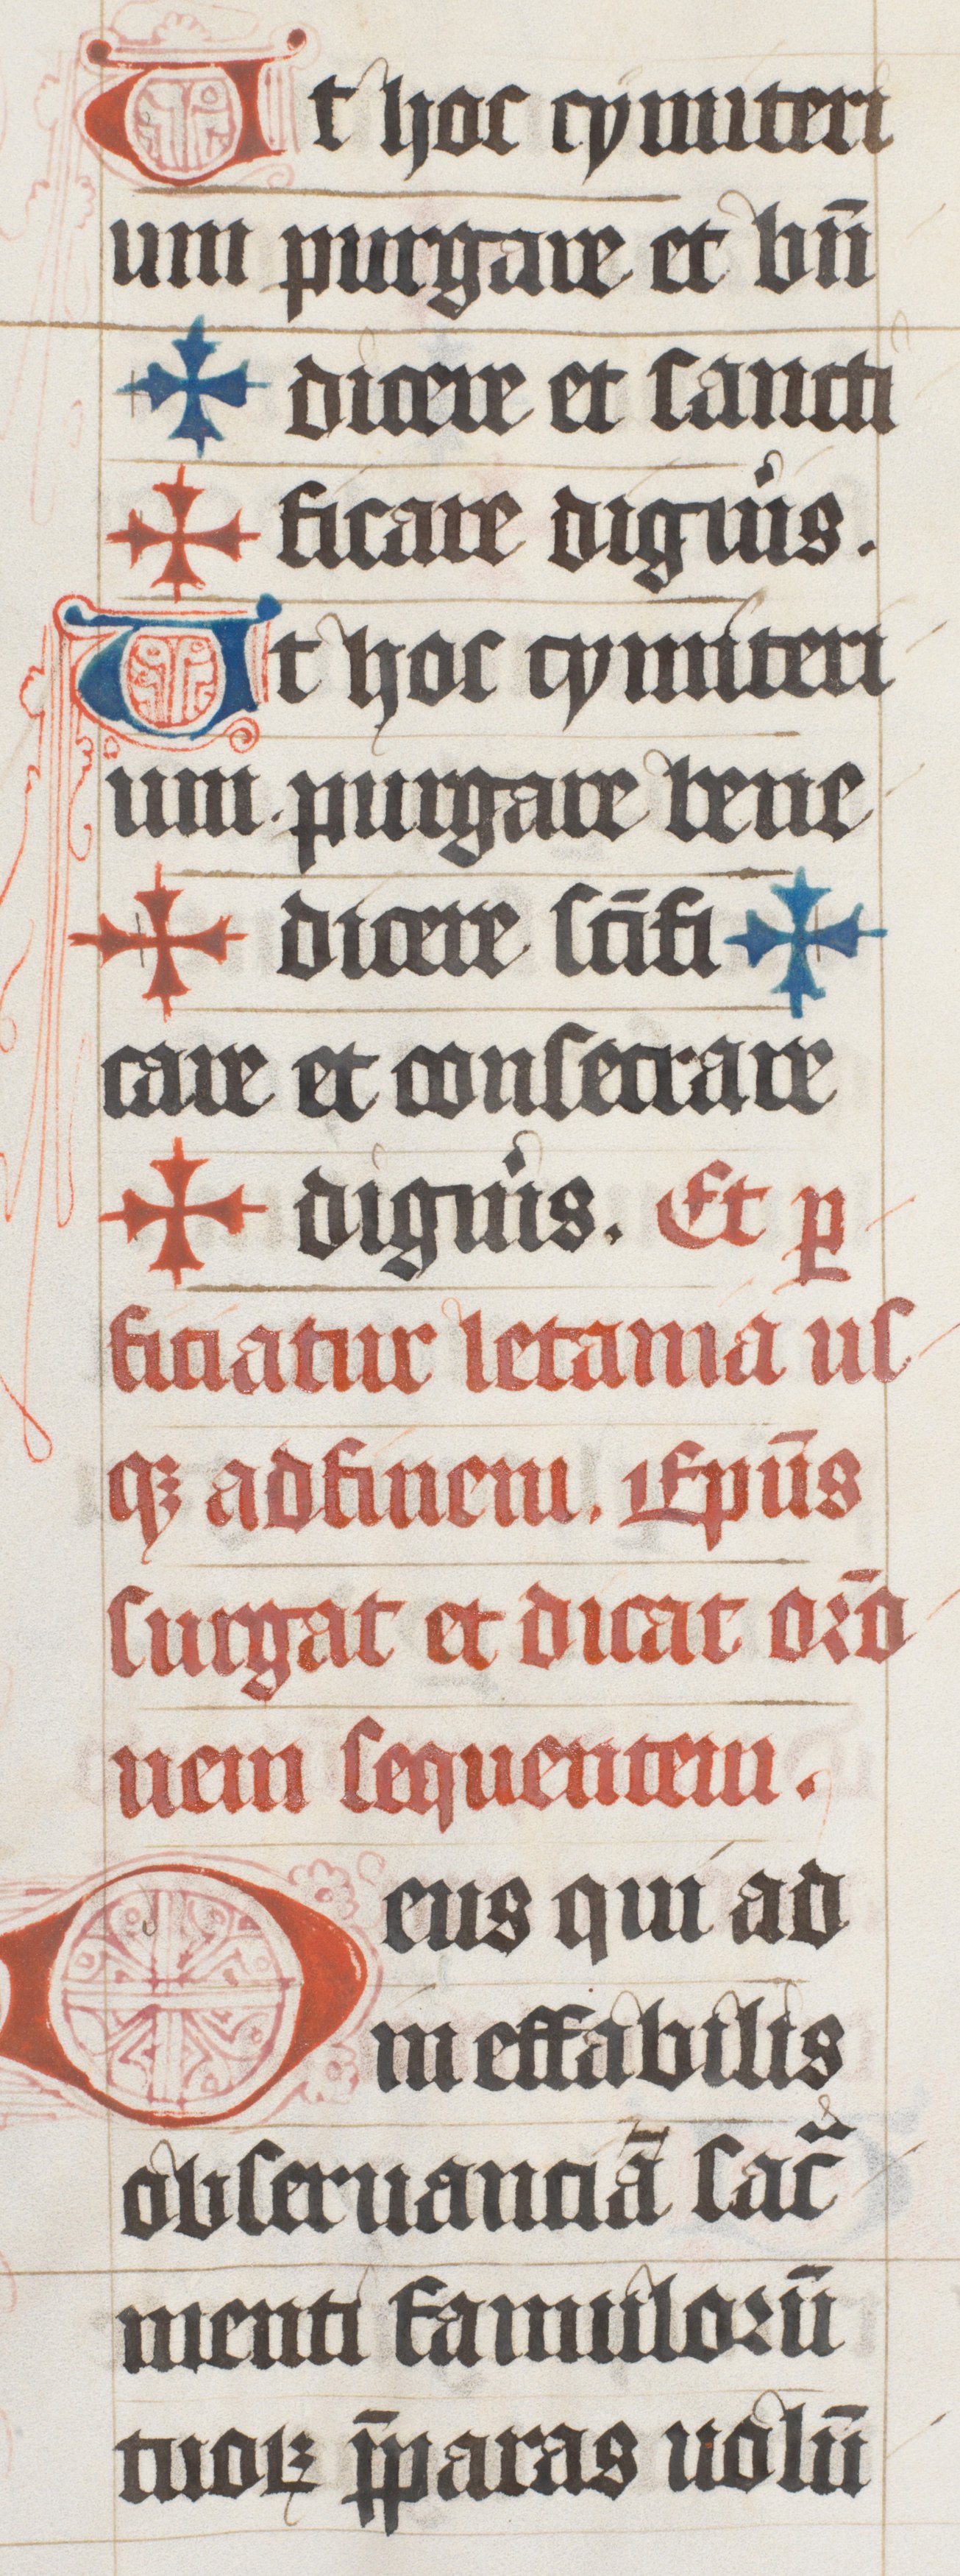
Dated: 1447–1478